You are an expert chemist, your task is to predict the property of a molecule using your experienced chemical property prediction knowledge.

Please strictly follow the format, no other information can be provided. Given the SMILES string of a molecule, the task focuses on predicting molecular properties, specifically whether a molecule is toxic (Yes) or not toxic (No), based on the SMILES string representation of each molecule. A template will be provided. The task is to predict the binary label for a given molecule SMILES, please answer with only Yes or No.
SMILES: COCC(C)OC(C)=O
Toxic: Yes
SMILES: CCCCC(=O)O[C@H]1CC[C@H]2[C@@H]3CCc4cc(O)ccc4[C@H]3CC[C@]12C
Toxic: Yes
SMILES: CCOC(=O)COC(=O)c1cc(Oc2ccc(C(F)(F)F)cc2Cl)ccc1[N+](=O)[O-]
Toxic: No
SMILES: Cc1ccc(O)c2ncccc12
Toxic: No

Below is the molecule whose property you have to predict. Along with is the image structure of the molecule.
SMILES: C=CCCl
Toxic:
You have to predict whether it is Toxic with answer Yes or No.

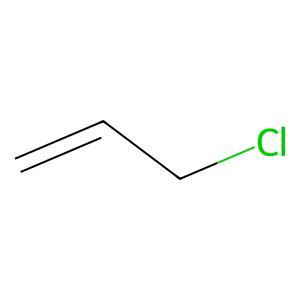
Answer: No